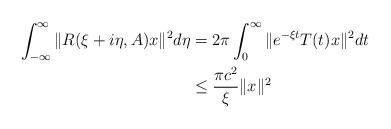
LaTeX: \begin{align*}\int_{-\infty}^{\infty}\|R(\xi +i\eta,A)x\|^2 d\eta&=2\pi \int_0^{\infty} \|e^{-\xi t}T(t)x\|^2 dt \\&\leq \frac{\pi c^2}{\xi } \|x\|^2\end{align*}